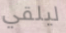
ليلقي